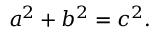
a ^ { 2 } + b ^ { 2 } = c ^ { 2 } .